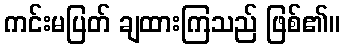
ကင်းမပြတ် ချထားကြသည် ဖြစ်၏။